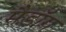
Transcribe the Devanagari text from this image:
मैडॉग